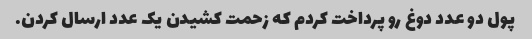
پول دو عدد دوغ رو پرداخت کردم که زحمت کشیدن یک عدد ارسال کردن.